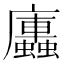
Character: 𭚏